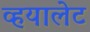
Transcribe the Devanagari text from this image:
व्हयालेट